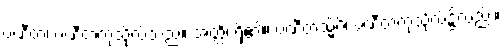
ပဏီတံ၊ ပဏီတကုသိုလ်သည်။ အတ္ထိ၊ ရှိ၏။ ပဏီတသ္မိံပိ၊ ပဏီတကုသိုလ်၌လည်း။